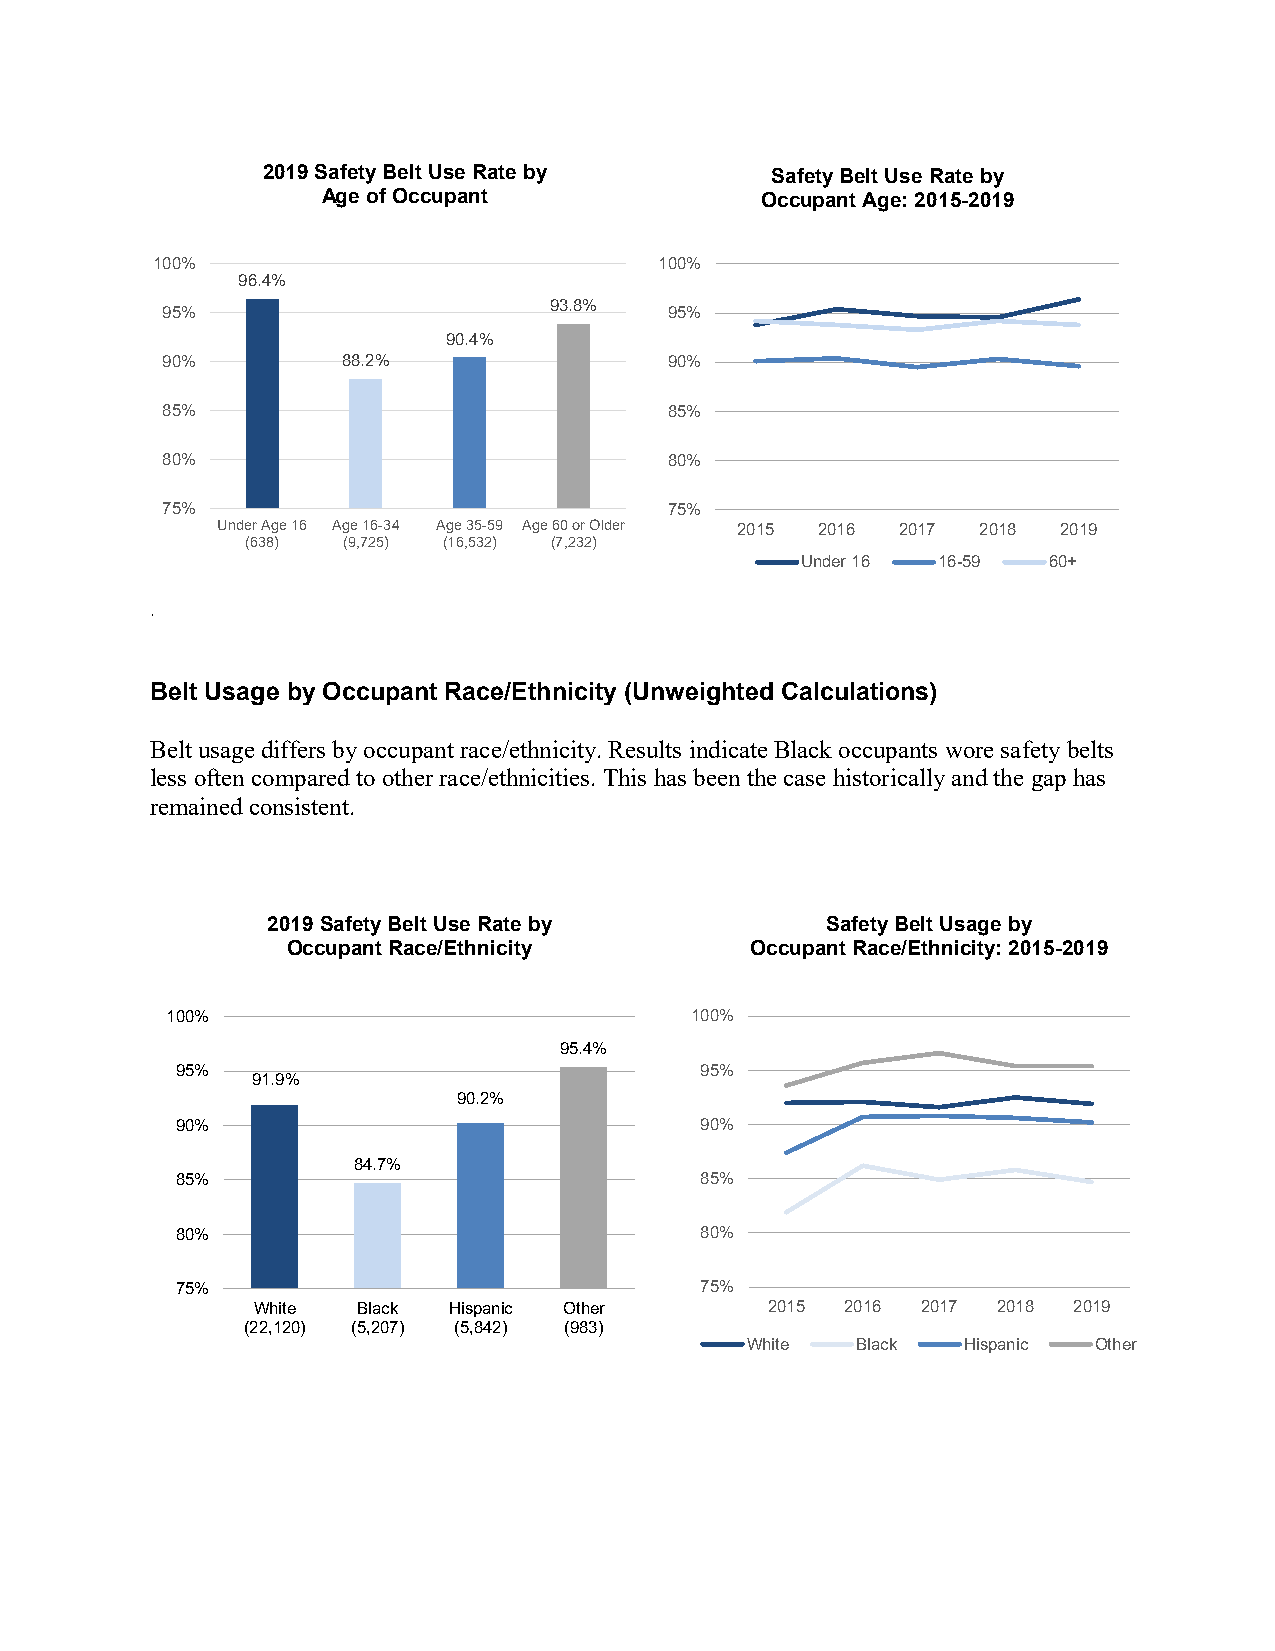
2019 Safety Belt Use Rate by      Safety Belt Use Rate by
 Age of Occupant              Occupant Age: 2015-2019
 100%                              100%
 96.4%
 93.8%
 95%                              95%
 90.4%
 90%         88.2%                90%
 85%                              85%
 80%                              80%
 75%                              75%
 Under Age 16 Age 16-34 Age 35-59 Age 60 or Older 2015 2016 2017 2018 2019
 (638)  (9,725) (16,532) (7,232)
 Under 16 16-59  60+
 .
 Belt Usage by Occupant Race/Ethnicity (Unweighted Calculations)
 Belt usage differs by occupant race/ethnicity. Results indicate Black occupants wore safety belts
 less often compared to other race/ethnicities. This has been the case historically and the gap has
 remained consistent.
 2019 Safety Belt Use Rate by         Safety Belt Usage by
 Occupant Race/Ethnicity        Occupant Race/Ethn icity: 2015-2019
 100%                               100%
 95.4%
 95%                               95%
 91.9%
 90.2%
 90%                               90%
 84.7%
 85%                               85%
 80%                               80%
 75%                               75%
 White  Black Hispanic Other       2015 2016 2017 2018 2019
 (22,120) (5,207) (5,842) (983)
 White   Black  Hispanic Other